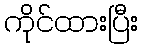
ကိုင်ထားပြီး